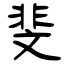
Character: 斐